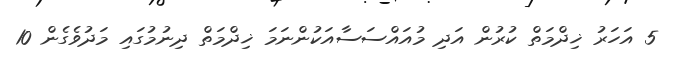
5 އަހަރު ޚިދްމަތް ކުރުން އަދި މުއައްސަސާއަކުންނަމަ ޚިދްމަތް ދިނުމުގައި މަދުވެގެން 10